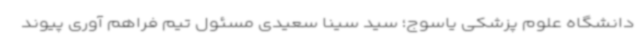
دانشگاه علوم پزشکی یاسوج؛ سید سینا سعیدی مسئول تیم فراهم آوری پیوند